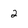
Character: 2